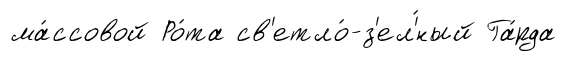
ма́ссовой Ро́та св'етло́-з'ел'́ный Га́рда